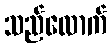
သည်လောက်